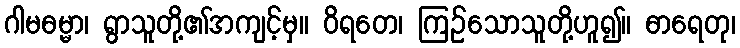
ဂါမဓမ္မာ၊ ရွာသူတို့၏အကျင့်မှ။ ဝိရတေ၊ ကြဉ်သောသူတို့ဟူ၍။ ဓာရေတု၊